Leaving Certificate, 1897
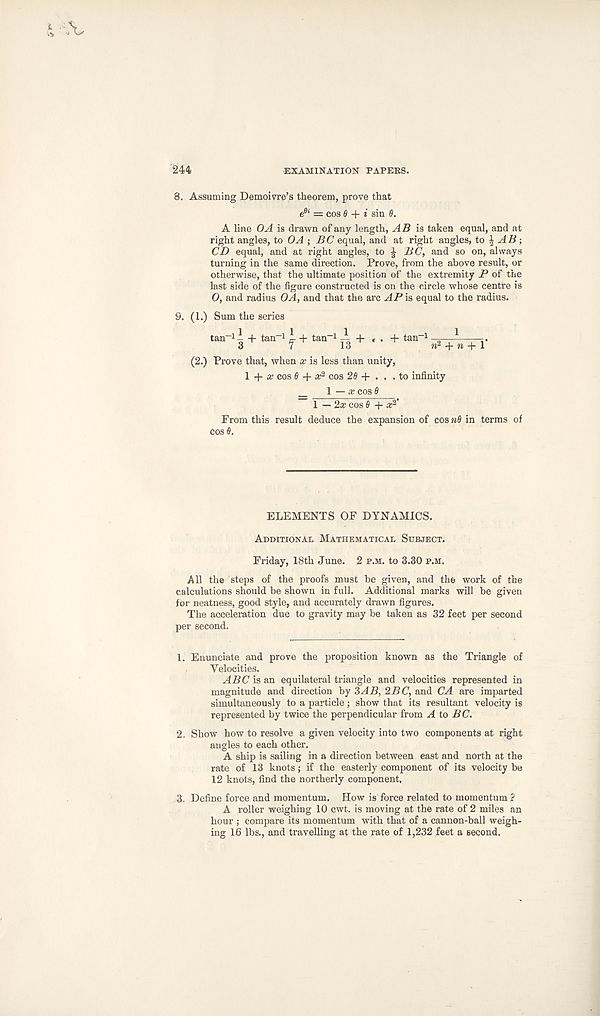
244
EXAMINATION PAPERS.
8. Assuming Demoivre’s theorem, prove that
e 6i = cos 0 + i siu 6.
A line OA is drawn of any length, AB is taken equal, and at
right angles, to OA ; BC equal, and at right angles, to \ AB • ,
CD equal, and at right angles, to £ BC, and so on, always
turning in the same direction. Prove, from the above result, or
otherwise, that the ultimate position of the extremity P of the
last side of the figure constructed is on the circle whose centre is
O, and radius OA, and that the arc AP is equal to the radius.
9. (1.) Sum the series
tan -1 - + tan -1 I + tan -1 — + « . + tan -1 ——
3
7
13
« 2 + » + l
(2.) Prove that, when x is less than unity,
1 + a? cos 0 + a; 2 cos 20 + ... to infinity
_ \ — x cos 0
1 — 2a; cos 0 + a; 2 ’
From this result deduce the expansion of cos «0 in terms of
COS0.
ELEMENTS OF DYNAMICS.
Additional Mathematical Subject.
Friday, 18th June. 2 p.m. to 3.30 p.m.
All the steps of the proofs must be given, and the work of the
calculations should be shown in full. Additional marks will be given
for neatness, good style, and accurately drawn figures.
The acceleration due to gravity may be taken as 32 feet per second
per second.
1. Enunciate and prove the proposition known as the Triangle of
Velocities.
ABC is an equilateral triangle and velocities represented in
magnitude and direction by SAB, 2BC, and CA are imparted
simultaneously to a particle; show that its resultant velocity is
represented by twice the perpendicular from A to BC.
2. Show how to resolve a given velocity into two components at right
angles to each other.
A ship is sailing in a direction between east and north at the
rate of 13 knots; if the easterly component of its velocity be
12 knots, find the northerly component.
3. Define force and momentum. How is force related to momentum ?
A roller weighing 10 cwt. is moving at the rate of 2 miles an
hour ; compare its momentum with that of a cannon-ball weigh-
ing 16 lbs., and travelling at the rate of 1,232 feet a second.